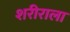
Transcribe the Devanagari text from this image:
शरीराला